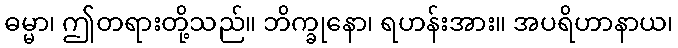
ဓမ္မာ၊ ဤတရားတို့သည်။ ဘိက္ခုနော၊ ရဟန်းအား။ အပရိဟာနာယ၊